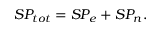
S P _ { t o t } = S P _ { e } + S P _ { n } .